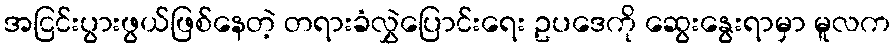
အငြင်းပွားဖွယ်ဖြစ်နေတဲ့ တရားခံလွှဲပြောင်းရေး ဥပဒေကို ဆွေးနွေးရာမှာ မူလက